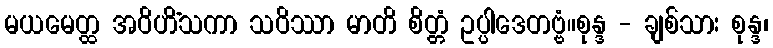
မယမေတ္ထ အဝိဟိံသကာ သဝိဿာ မာတိ စိတ္တံ ဥပ္ပါဒေတဗ္ဗံ။စုန္ဒ - ချစ်သား စုန္ဒ၊